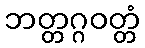
ဘတ္တဂ္ဂဝတ္တံ